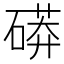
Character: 𥕊